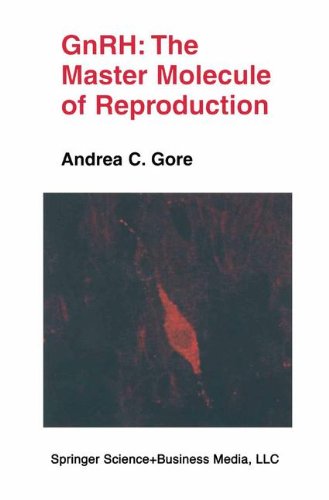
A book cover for GnRH: The Master Molecule of Reproduction; Andrea C. Gore; Medical Books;